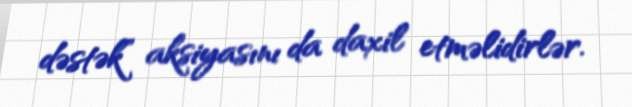
dəstək” aksiyasını da daxil etməlidirlər.